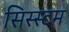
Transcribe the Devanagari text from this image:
सिस्स्टम